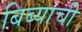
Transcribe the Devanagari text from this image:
बिब्याची